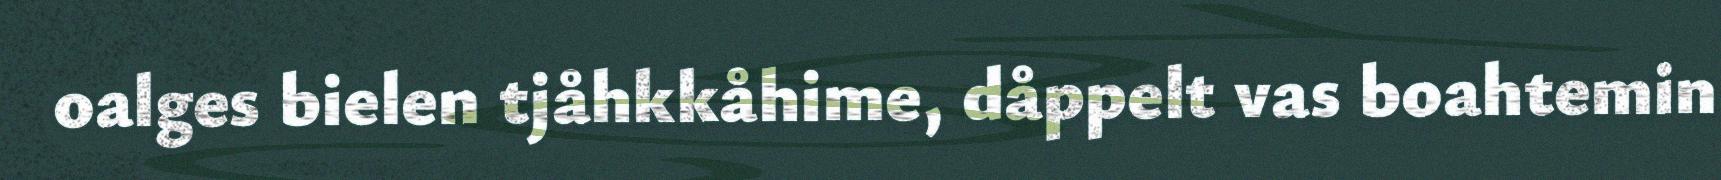
oalges bielen tjåhkkåhime, dåppelt vas boahtemin